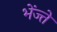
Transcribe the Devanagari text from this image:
भेंज्ते